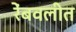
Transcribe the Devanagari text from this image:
रेंबवलीत